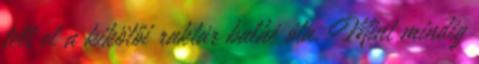
telt el a kikötői raktár balhé óta. Mint mindig